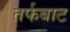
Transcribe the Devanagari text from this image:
तर्फबाट